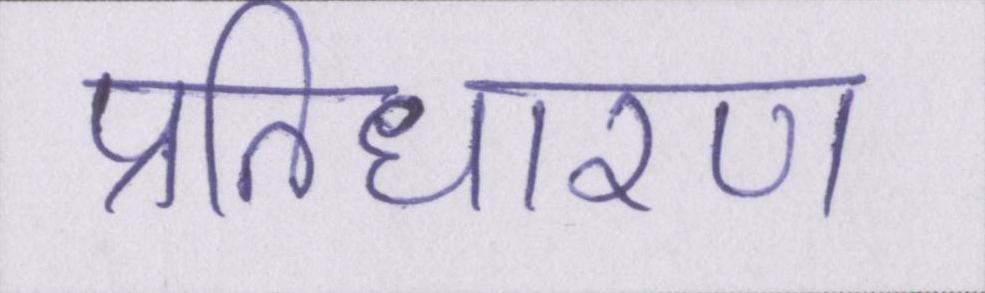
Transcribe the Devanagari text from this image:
प्रतिधारण